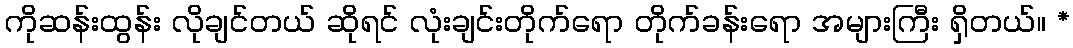
ကိုဆန်းထွန်း လိုချင်တယ် ဆိုရင် လုံးချင်းတိုက်ရော တိုက်ခန်းရော အများကြီး ရှိတယ်။ *